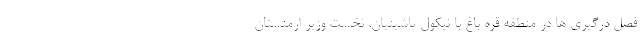
فصل درگیری ها در منطقه قره باغ با نیکول پاشینیان، نخست وزیر ارمنستان